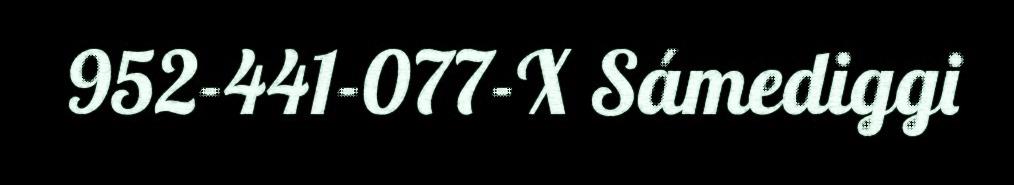
952-441-077-X Sámediggi